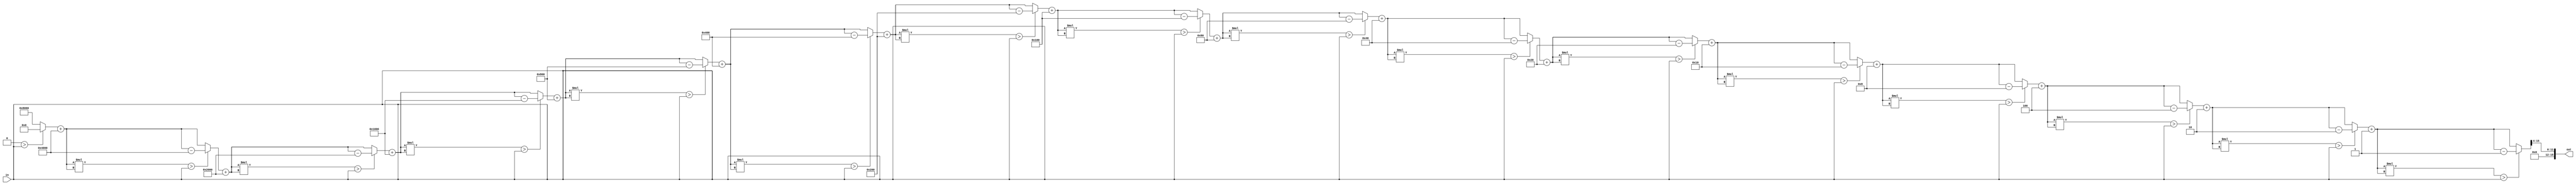
`timescale 1ns / 1ps
//////////////////////////////////////////////////////////////////////////////////
// Company: 
// Engineer: 
// 
// Design Name: 
// Module Name:    square_root 
// Project Name: 
// Target Devices: 
// Tool versions: 
// Description: 
//
// Dependencies: 
//
// Revision: 
// Revision 0.01 - File Created
// Additional Comments: 
//
//////////////////////////////////////////////////////////////////////////////////
module square_root (
    output reg [15:0] out,
    input  [7:0] in );

	reg [15:0] base;
	reg [15:0] y;
	reg [31:0] x;

	always@(*) begin
		out = 16'b00000000_00000000;;
		base = 16'b10000000_00000000; //baza incepe cu cel mai semnificativ (mare) bit (cel din stanga)
		y = 16'b00000000_00000000;
		x = 32'd0;
		x[31:24] = in;
		  
		repeat(16) begin //se repeta urmatoarele operatii pentru fiecare bit din base
			y = y + base; //se adauga baza la y care v-a reprezenta valoarea radicalului
			if ((y * y) > in) begin
				 y = y - base; //se scade baza daca valoarea radicalului la patrat este mai mare ca intrarea
			end 
			base = base / 2; // se shifteaza la dreapta (mutam bitul unu pe o pozitie precedenta)
		end
		out[11:0] = y[15:4]; // se transfera valoarea obtinuta a radicalului in Y in out
	end



endmodule